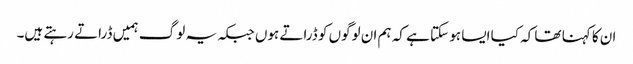
ان کا کہنا تھا کہ کیا ایسا ہو سکتا ہے کہ ہم ان لوگوں کو ڈراتے ہوں جبکہ یہ لوگ ہمیں ڈراتے رہتے ہیں۔